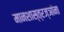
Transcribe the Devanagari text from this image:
मानशास्त्रज्ञांना